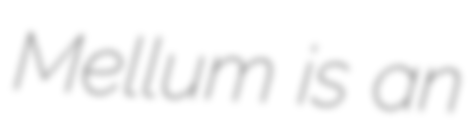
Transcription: Mellum is an